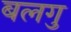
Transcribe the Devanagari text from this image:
बलगु